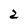
Character: 2